Source: Handwritten
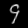
Digit: ၄ (4)